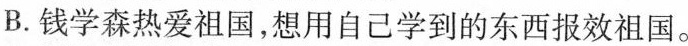
B.钱学森热爱祖国，想用自己学到的东西报效祖国。